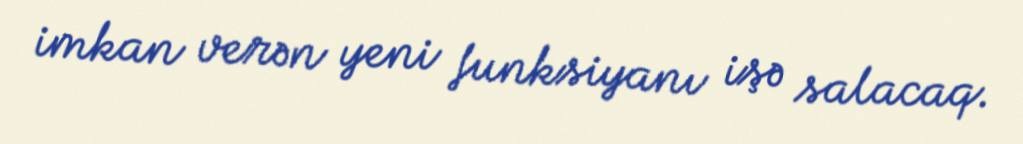
imkan verən yeni funksiyanı işə salacaq.